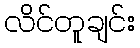
လိင်တူချင်း